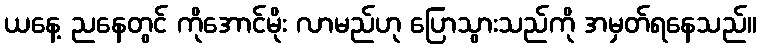
ယနေ့ ညနေတွင် ကိုအောင်မိုး လာမည်ဟု ပြောသွားသည်ကို အမှတ်ရနေသည်။